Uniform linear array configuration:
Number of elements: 8
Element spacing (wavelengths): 0.25
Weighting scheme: uniform
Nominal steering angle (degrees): -60
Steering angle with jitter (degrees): -61.426
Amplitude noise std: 0.05
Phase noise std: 0.05

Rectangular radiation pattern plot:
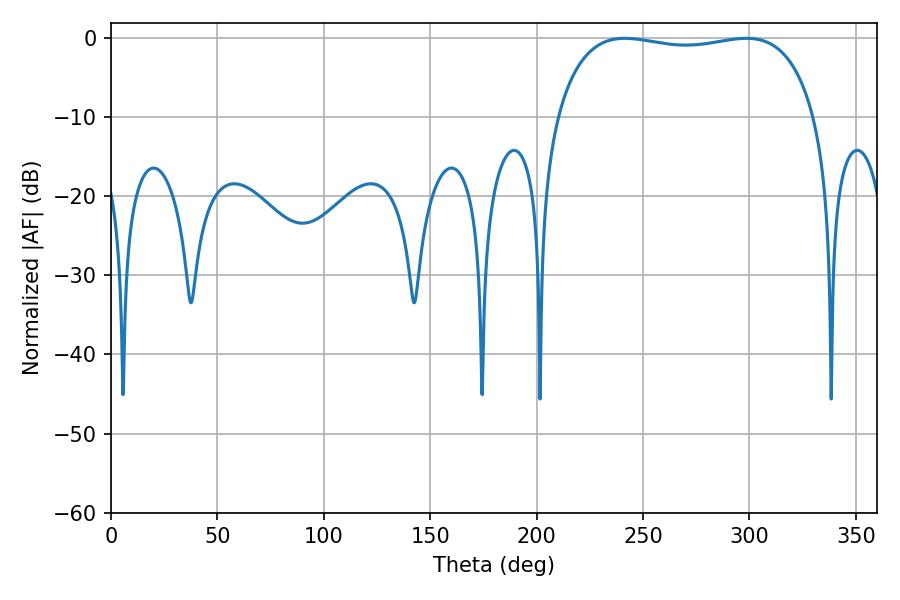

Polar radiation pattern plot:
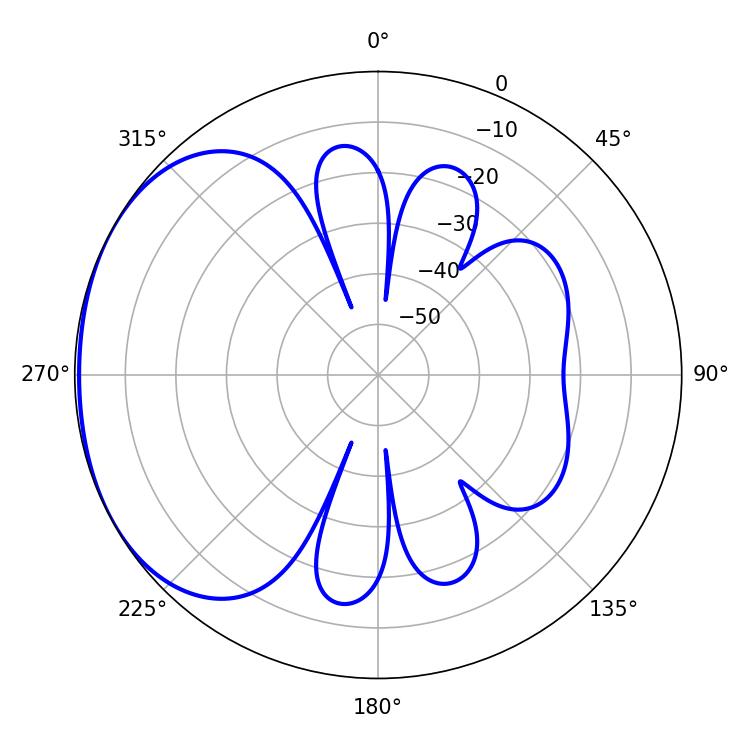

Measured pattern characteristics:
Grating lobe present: FALSE
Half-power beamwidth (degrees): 97.92
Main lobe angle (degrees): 241.38